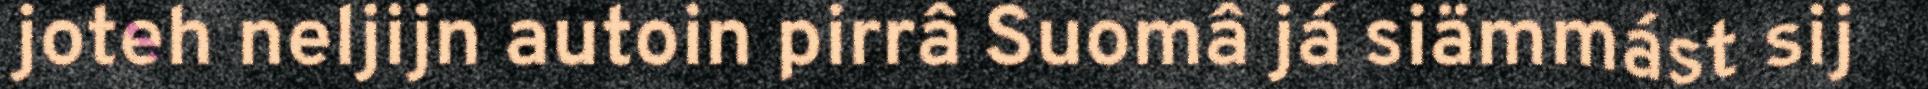
joteh neljijn autoin pirrâ Suomâ já siämmást sij